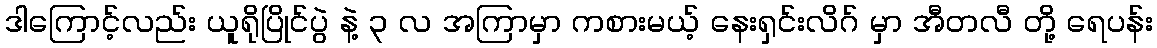
ဒါကြောင့်လည်း ယူရိုပြိုင်ပွဲ နဲ့ ၃ လ အကြာမှာ ကစားမယ့် နေးရှင်းလိဂ် မှာ အီတလီ တို့ ရေပန်း